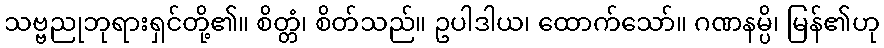
သဗ္ဗညုဘုရားရှင်တို့၏။ စိတ္တံ၊ စိတ်သည်။ ဥပါဒါယ၊ ထောက်သော်။ ဂဏနမ္ပိ၊ မြန်၏ဟု